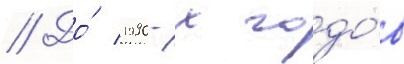
// До́ 1990-х годо́в